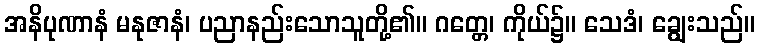
အနိပုဏာနံ မနုဇာနံ၊ ပညာနည်းသောသူတို့၏။ ဂတ္တေ၊ ကိုယ်၌။ သေဒံ၊ ချွေးသည်။